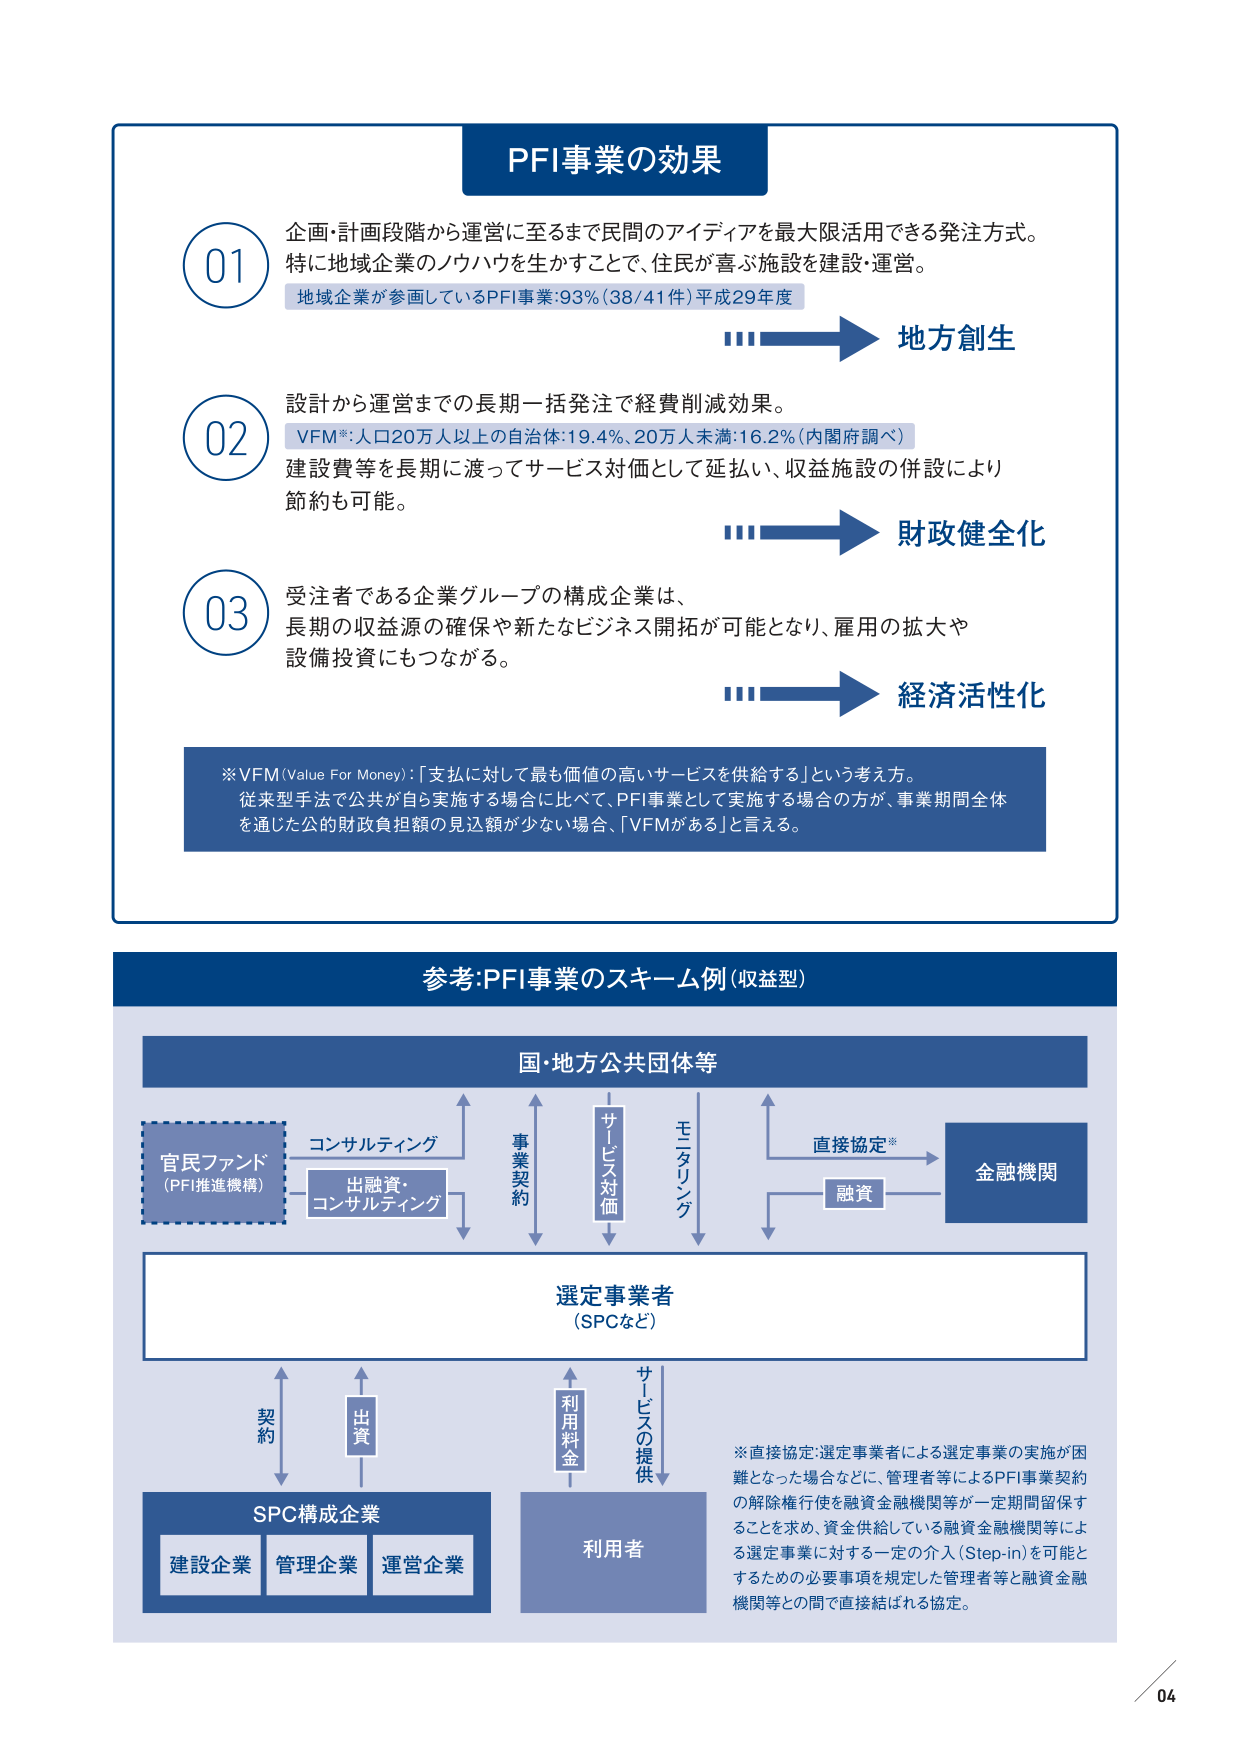
PFI事業の効果

01
企画・計画段階から運営に至るまで民間のアイディアを最大限活用できる発注方式。
特に地域企業のノウハウを生かすことで、住民が喜ぶ施設を建設・運営。
地域企業が参画しているPFI事業:93% (38/41件) 平成29年度
→ 地方創生

02
設計から運営までの長期一括発注で経費削減効果。
VFM*:人口20万人以上の自治体:19.4%、20万人未満:16.2% (内閣府調べ)
建設費等を長期に渡ってサービス対価として延払い、収益施設の併設により
節約も可能。
→ 財政健全化

03
受注者である企業グループの構成企業は、
長期の収益源の確保や新たなビジネス開拓が可能となり、雇用の拡大や
設備投資にもつながる。
→ 経済活性化

※VFM (Value For Money) :「支払に対して最も価値の高いサービスを供給する」という考え方。
従来型手法で公共が自ら実施する場合に比べて、PFI事業として実施する場合の方が、事業期間全体
を通じた公的財政負担額の見込額が少ない場合、「VFMがある」と言える。

参考:PFI事業のスキーム例(収益型)

国・地方公共団体等

官民ファンド
(PFI推進機構)
→ コンサルティング
→ 出融資・コンサルティング

→ 事業契約
→ サービス対価
→ モニタリング

→ 直接協定*
→ 融資

金融機関

選定事業者
(SPCなど)

→ 契約
→ 出資

SPC構成企業
建設企業 管理企業 運営企業

→ 利用料金
→ サービスの提供

利用者

※直接協定:選定事業者による選定事業の実施が困難となった場合などに、管理者等によるPFI事業契約の解除権行使を融資金融機関等が一定期間留保することを求め、資金供給している融資金融機関等による選定事業に対する一定の介入 (Step-in) を可能とするための必要事項を規定した管理者等と融資金融機関等との間で直接結ばれる協定。

04